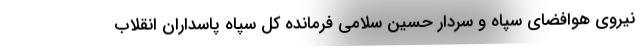
نیروی هوافضای سپاه و سردار حسین سلامی فرمانده کل سپاه پاسداران انقلاب